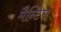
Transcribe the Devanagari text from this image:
मैन्टिस